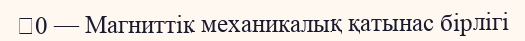
0 — Магниттік механикалық қатынас бірлігі